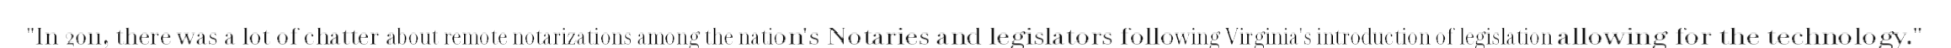
"In 2011, there was a lot of chatter about remote notarizations among the nation's Notaries and legislators following Virginia's introduction of legislation allowing for the technology."